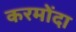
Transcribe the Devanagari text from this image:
करमोंदा